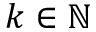
k \in \mathbb { N }